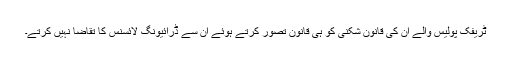
ٹریفک پولیس والے اُن کی قانون شکنی کو ہی قانون تصور کرتے ہوئے اُن سے ڈرائیونگ لائسنس کا تقاضا نہیں کرتے۔